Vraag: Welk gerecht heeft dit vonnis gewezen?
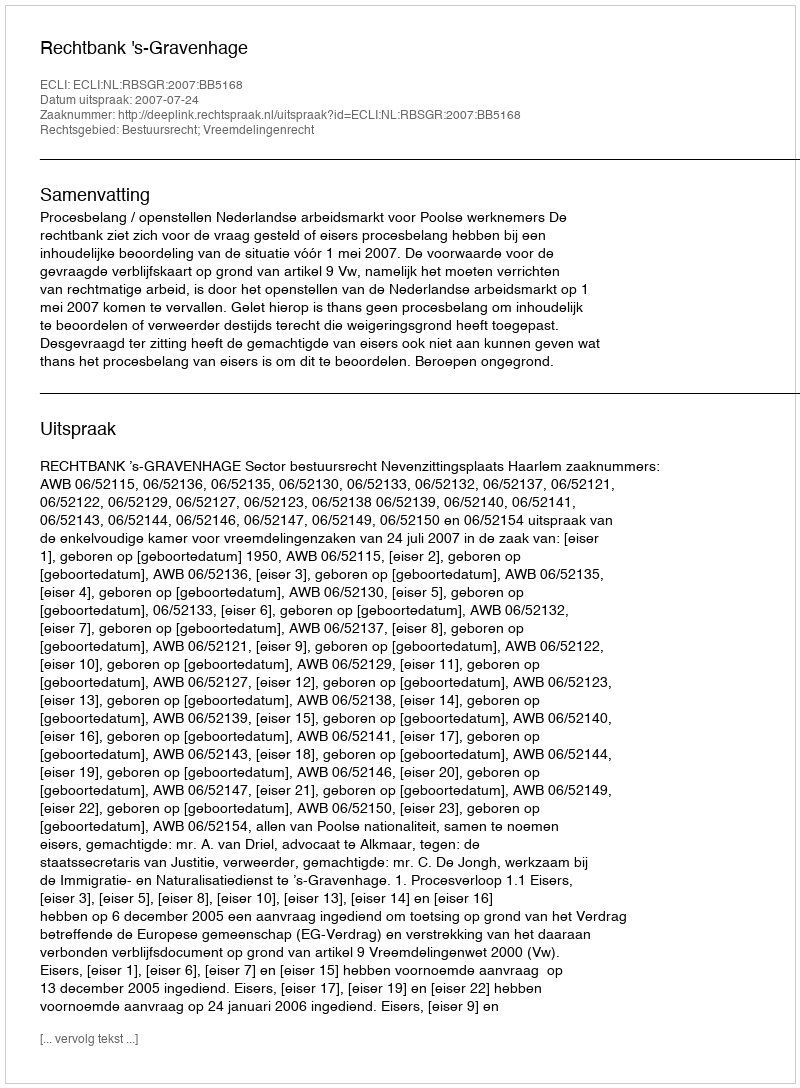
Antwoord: Rechtbank 's-Gravenhage